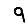
Digit: 9